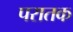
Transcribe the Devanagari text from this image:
परातक